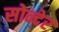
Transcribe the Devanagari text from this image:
सोन्देर